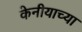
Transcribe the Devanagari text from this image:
केनीयाच्या